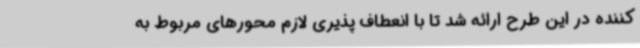
کننده در این طرح ارائه شد تا با انعطاف پذیری لازم محورهای مربوط به